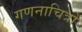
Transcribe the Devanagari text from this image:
गणनाचित्रों